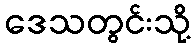
ဒေသတွင်းသို့